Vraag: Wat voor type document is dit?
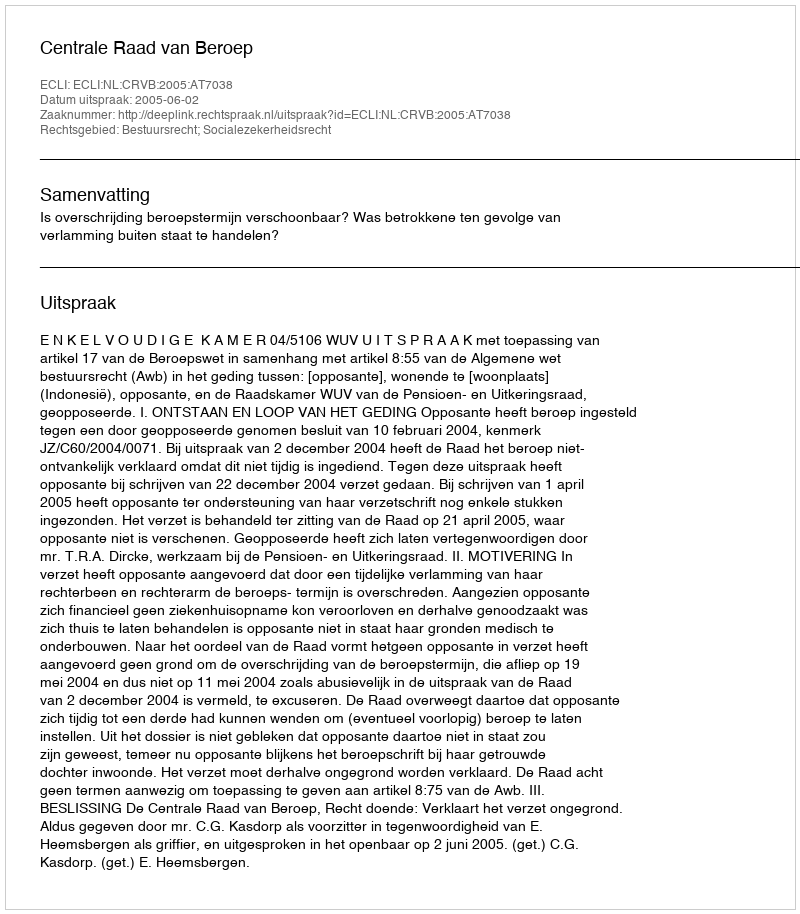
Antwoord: Uitspraak